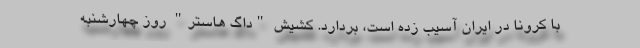
با کرونا در ایران آسیب زده است، بردارد. کشیش "داگ هاستر" روز چهارشنبه